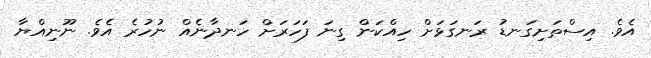
އެވެ. އިސްތަށިގަނޑު ރަނގަޅަށް ހިއްކަން ގިނަ ފަހަރަށް ހަނދާނެއް ނުހުރެ އެވެ. ނޫނިއްޔާ